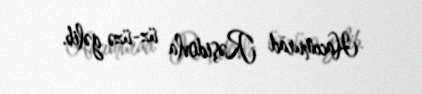
Hacımurad Rəşidovla üz-üzə gəlib.